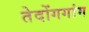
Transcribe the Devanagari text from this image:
तेदोंगगांग